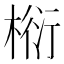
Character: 椼